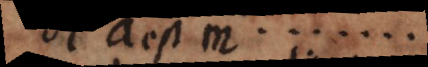
et b est m........